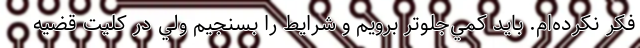
فکر نکرده‌ام. بايد کمي‌جلوتر برويم و شرايط را بسنجيم ولي در کليت قضيه